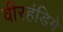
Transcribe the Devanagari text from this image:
वीरहंडिगे